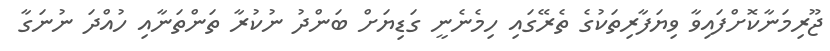
ޖޫރިމަނާކޮށްފައިވާ ވިޔަފާރިތަކުގެ ތެރޭގައި ހިމެނެނީ ގަޑިޔަށް ބަންދު ނުކުރާ ތަންތަނާއި ހުއްދަ ނުނަގާ